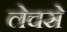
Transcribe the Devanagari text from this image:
लेचसे